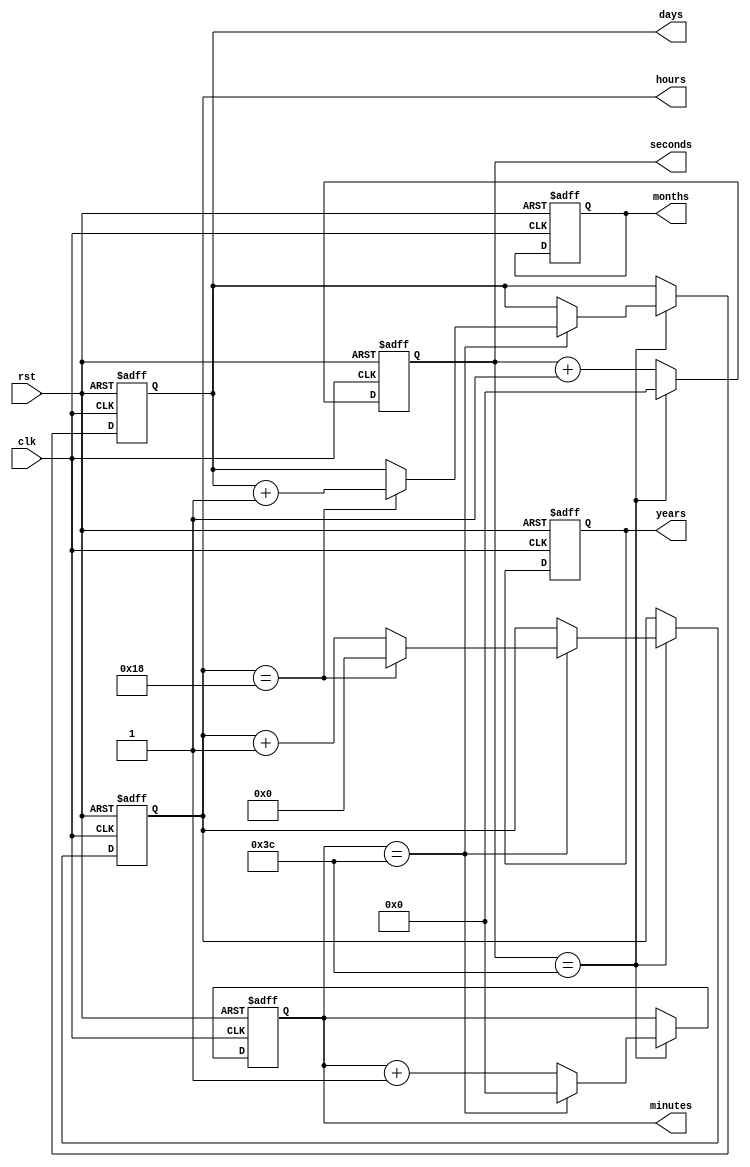
module rtc_timer (
    input wire clk,  // External clock source
    input wire rst,  // Reset input for synchronization
    // Counter circuits for time and date calculations
    output reg [6:0] seconds,
    output reg [6:0] minutes,
    output reg [5:0] hours,
    output reg [4:0] days,
    output reg [3:0] months,
    output reg [15:0] years
);

// Internal signal declarations
reg [6:0] sec_counter;
reg [6:0] min_counter;
reg [5:0] hour_counter;
reg [4:0] day_counter;
reg [3:0] month_counter;
reg [15:0] year_counter;

// Increment logic for seconds, minutes, hours, days, months, and years
always @(posedge clk or posedge rst) begin
    if (rst) begin
        sec_counter <= 7'b0000000;
        min_counter <= 7'b0000000;
        hour_counter <= 6'b000000;
        day_counter <= 5'b00000;
        month_counter <= 4'b0000;
        year_counter <= 16'b0000000000000000;
    end else begin
        sec_counter <= sec_counter + 1;
        if (sec_counter == 60) begin
            sec_counter <= 7'b0000000;
            min_counter <= min_counter + 1;
            if (min_counter == 60) begin
                min_counter <= 7'b0000000;
                hour_counter <= hour_counter + 1;
                if (hour_counter == 24) begin
                    hour_counter <= 6'b000000;
                    day_counter <= day_counter + 1;
                    // Additional logic for handling days, months, and years
                    // based on user-specified parameters
                end
            end
        end
    end
end

// Output assignments
assign seconds = sec_counter;
assign minutes = min_counter;
assign hours = hour_counter;
assign days = day_counter;
assign months = month_counter;
assign years = year_counter;

endmodule